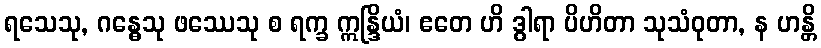
ရသေသု, ဂန္ဓေသု ဖဿေသု စ ရက္ခ ဣန္ဒြိယံ၊ ဧတေ ဟိ ဒွါရာ ပိဟိတာ သုသံဝုတာ, န ဟန္တိ